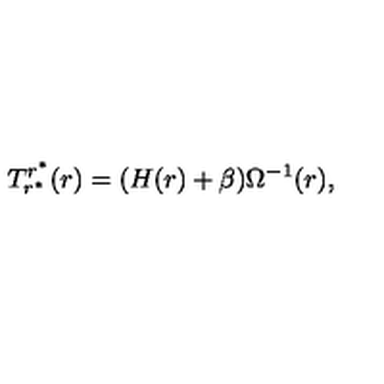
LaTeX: T _ { r ^ { \ast } } ^ { r ^ { \ast } } ( r ) = ( H ( r ) + \beta ) \Omega ^ { - 1 } ( r ) ,